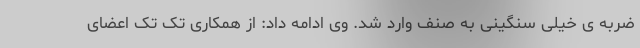
ضربه ی خیلی سنگینی به صنف وارد شد. وی ادامه داد: از همکاری تک تک اعضای